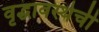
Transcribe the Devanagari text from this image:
वृद्धावस्थेची